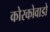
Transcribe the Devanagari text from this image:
कोरकोवाडो